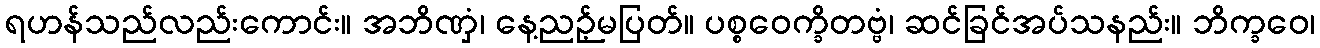
ရဟန်သည်လည်းကောင်း။ အဘိဏှံ၊ နေ့ညဉ့်မပြတ်။ ပစ္စဝေက္ခိတဗ္ဗံ၊ ဆင်ခြင်အပ်သနည်း။ ဘိက္ခဝေ၊